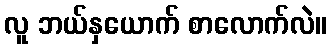
လူ ဘယ်နှယောက် စာလောက်လဲ။